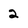
Character: 2